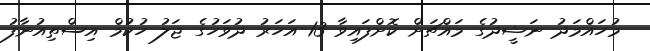
މުހައްމަދު ނަޝީދުގެ މައްޗަށް ކޮށްފައިވާ 13 އަހަރު ދުވަހުގެ ޖަލު ހުކުމް އިސްތިއުނާފު